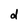
Character: d